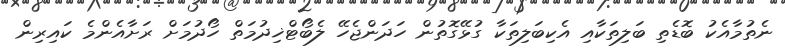
ނެތުމާއެކު ބޮޑެތި ބަލިތަކާއި އެކިބަލިތަކާ ގުޅޭގޮތުން ހަދަންޖެހޭ ލެބޯޓްޚިދުމަތް ހޯދުމަށް ރަށާއެންމެ ކައިރިން